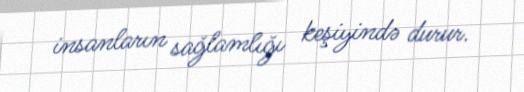
insanların sağlamlığı keşiyində durur.